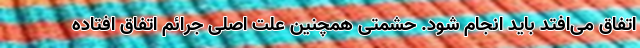
اتفاق می‌افتد باید انجام شود. حشمتی همچنین علت اصلی جرائم اتفاق افتاده